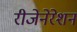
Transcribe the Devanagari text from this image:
रीजेनेरेशन